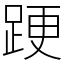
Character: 𨁈